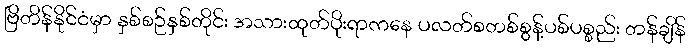
ဗြိတိန်နိုင်ငံမှာ နှစ်စဉ်နှစ်တိုင်း အသားထုတ်ပိုးရာကနေ ပလတ်စတစ်စွန့်ပစ်ပစ္စည်း တန်ချိန်